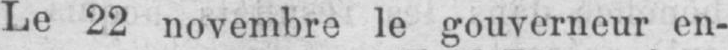
Le 22 novembre le gouverneur en-